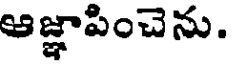
ఆజ్ఞాపించెను.